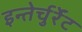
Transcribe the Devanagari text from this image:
इन्तेर्चुर्रेंट